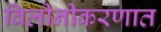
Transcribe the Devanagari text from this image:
विलीनीकरणात